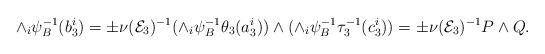
LaTeX: \begin{align*}\wedge_{i}\psi_B^{-1}(b_3^i) = \pm \nu(\mathcal{E}_3)^{-1} (\wedge_{i}\psi_B^{-1}\theta_3(a_3^i))\wedge (\wedge_{i} \psi_B^{-1}\tau_3^{-1}(c_3^i)) = \pm \nu(\mathcal{E}_3)^{-1} P \wedge Q.\end{align*}